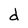
Character: d